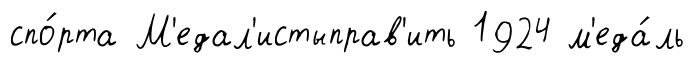
спо́рта М'едал'истыправ'ить 1924 м'еда́ль